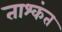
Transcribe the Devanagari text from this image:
ताश्कंत